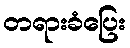
တရားခံပြေး